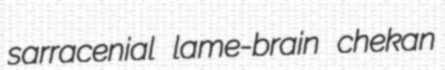
sarracenial lame-brain chekan